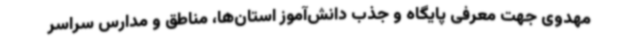
مهدوی جهت معرفی پایگاه و جذب دانش‌آموز استان‌ها، مناطق و مدارس سراسر